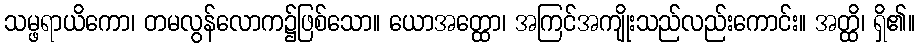
သမ္ဖရာယိကော၊ တမလွန်လောက၌ဖြစ်သော။ ယောအတ္ထော၊ အကြင်အကျိုးသည်လည်းကောင်း။ အတ္ထိ၊ ရှိ၏။